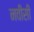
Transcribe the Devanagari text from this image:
नवीसी